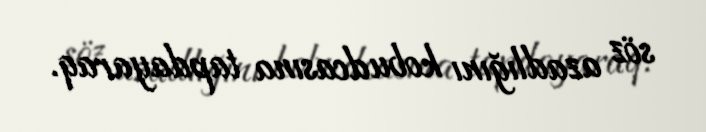
söz azadlığını kobudcasına tapdayaraq.